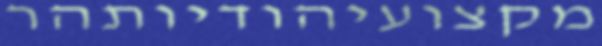
מקצועיהודיותהר